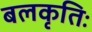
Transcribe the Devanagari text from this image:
बलकृतिः